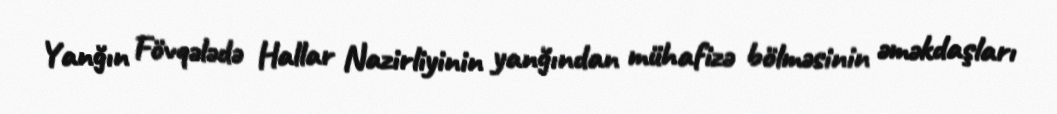
Yanğın Fövqələdə Hallar Nazirliyinin yanğından mühafizə bölməsinin əməkdaşları